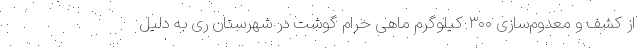
از کشف و معدوم‌سازی ۳۰۰ کیلوگرم ماهی حرام گوشت در شهرستان ری به دلیل